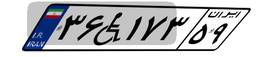
۳۶W۱۷۳۵۹